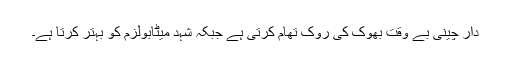
دار چینی بے وقت بھوک کی روک تھام کرتی ہے جبکہ شہد میٹابولزم کو بہتر کرتا ہے۔